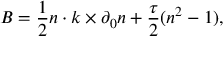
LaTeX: { \cal B } = { \frac { 1 } { 2 } } n \cdot k \times \partial _ { 0 } n + { \frac { \tau } { 2 } } ( n ^ { 2 } - 1 ) ,